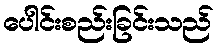
ပေါင်းစည်းခြင်းသည်